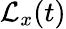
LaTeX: \mathcal{L}_{x}(t)